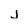
Character: j